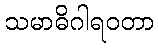
သမာဓိဂါရဝတာ